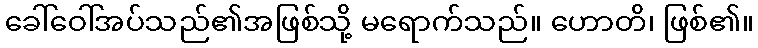
ခေါ်ဝေါ်အပ်သည်၏အဖြစ်သို့ မရောက်သည်။ ဟောတိ၊ ဖြစ်၏။